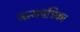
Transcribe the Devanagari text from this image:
जन्मपत्रिका